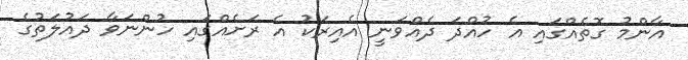
އާންމު ގޮތެއްގައި އެ ހުއްދަ ދެއްވަނީ އެއިރަކު އެ ރަށެއްގަައި ހުންނަވާ ދައުލަތުގެ